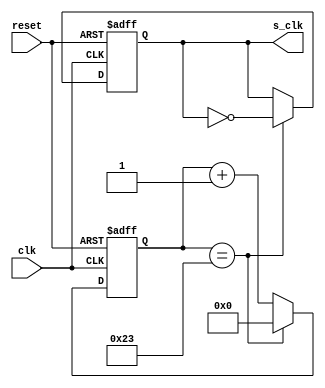
`timescale 1ns / 1ps
//////////////////////////////////////////////////////////////////////////////////

module Temporizador_32fm_SCLK(
	input wire clk,       //Seal de entrada, referente a comportamiento de reloj.
	input wire reset,     //Reset de seal.
	output reg s_clk      //Seal de salida del divisor, seal ya dividida.
    );
	 
// El codigo de este mdulo corresponde a dividir la frecuencia de entrada en 5 veces, ejemplo: 100Mhz => 20Mhz.
//
//  ** 
//     Si se desea dividir en otra cantidad, por ejemplo: en 22050Hz, primero se saca la base 2 de ese numero
//		 para poder obtener la cantidad del largo del bus datos referente a la salida del contador
//		 log2(22050Hz) = 14.42849104 => por lo que se toma el numero entero posterior al resultado, osea 15
//     Por lo que las siguientes lineas de cdigo tendria se cambiaran por lo siguiente:
//
//     linea  |  Cambio
//     -------+----------------------------
//		  43    |    reg [14:0] cuenta;
//	 	  55    |    if (cuenta == 15'd22050)
//   	  58    |    cuenta <= 15'h0;
//
//  **

reg [5:0] cuenta; //Bus de datos de 3 bits referente al contador
					   //para una unidad decimal maxima de 8 (2^3 = 8) suficiente para la cuenta de 5.
 
always @(posedge clk,posedge reset) //Se procede a realizar el codigo posterior siempre que "clk" o "reset" estn en alto.
	begin
		if (reset) //Si "reset" est en alto, se pone la salida "s_clk" en 0 y se resetea la cuenta.
			begin
				s_clk <= 0;
				cuenta <= 0;
			end 
		else //Se est en alto la seal de "clk" pero no la de "reset" se procede a realizar lo siguiente.
			begin		
				if (cuenta == 6'd35)//(5)-1 = 4, Si el contador llega a la cuenta 5:   
					//Por si las dudas => "3'd4"(notacin decimal) es igual a "3'b100"(notacin binaria). 
					begin                    
						cuenta <= 6'h0;  //Se resetea la cuenta poniendola en cero   
						s_clk <= ~s_clk;  //
					end 
				else 
					cuenta <= cuenta + 1'b1; //De no ser el valor a dividir, el contador seguir contando (valga la redundancia)
			end
	end
 
endmodule